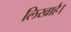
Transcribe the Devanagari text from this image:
लिखाहै।